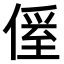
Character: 𠌠